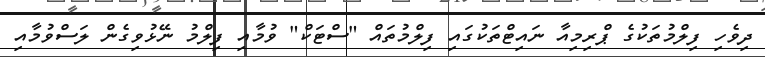
ދިވެހި ފިލްމުތަކުގެ ޕްރިމިއާ ނައިޓްތަކުގައި ފިލްމުތައް "ސްޓަކް" ވުމާއި ފިލްމު ނޭޅުވިގެން ލަސްވުމާއި